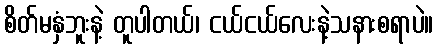
စိတ်မနှံဘူးနဲ့ တူပါတယ်၊ ငယ်ငယ်လေးနဲ့သနားစရာပဲ။